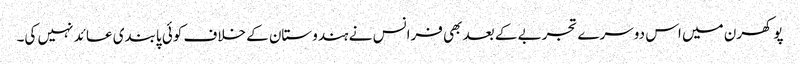
پوکھرن میں اس دوسرے تجربے کے بعد بھی فرانس نے ہندوستان کے خلاف کوئی پابندی عائد نہیں کی۔